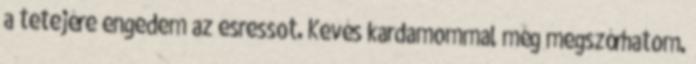
a tetejére engedem az esressot. Kevés kardamommal még megszórhatom.